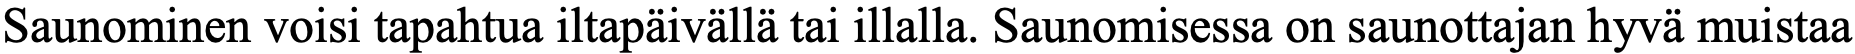
Saunominen voisi tapahtua iltapäivällä tai illalla. Saunomisessa on saunottajan hyvä muistaa